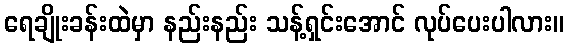
ရေချိုးခန်းထဲမှာ နည်းနည်း သန့်ရှင်းအောင် လုပ်ပေးပါလား။